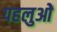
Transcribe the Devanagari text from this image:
पहलुओें